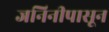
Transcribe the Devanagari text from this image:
जनिनीपासून